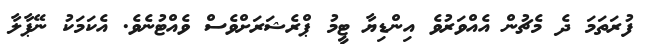
ފުރަތަމަ ދެ މެޗުން އެއްވަރުވެ އިންޑިޔާ ޓީމު ޕްރެޝަރަށްވެސް ވެއްޓުނެވެ. އެކަމަކު ނޭޕާލާ